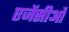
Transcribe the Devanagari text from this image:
एजेंसीओं